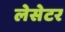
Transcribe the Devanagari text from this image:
लेसेटर